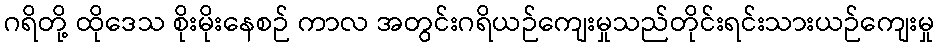
ဂရိတို့ ထိုဒေသ စိုးမိုးနေစဉ် ကာလ အတွင်းဂရိယဉ်ကျေးမှုသည်တိုင်းရင်းသားယဉ်ကျေးမှု